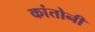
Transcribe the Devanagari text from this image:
कांतोनी